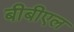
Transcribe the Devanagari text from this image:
बीबीएल